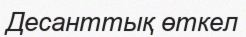
Десанттық өткел